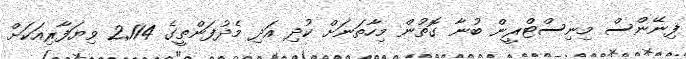
ފިނޭންސް މިނިސްޓްރީން ބުނާ ގޮތުން މިހާތަނަށް ކުދި އަދި މެދުފަންތީގެ 2